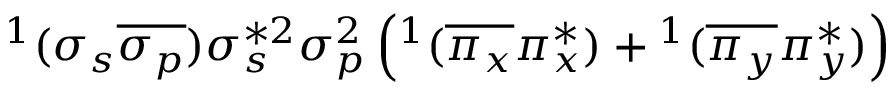
^ 1 ( \sigma _ { s } \overline { { \sigma _ { p } } } ) \sigma _ { s } ^ { * 2 } \sigma _ { p } ^ { 2 } \left( ^ 1 ( \overline { { \pi _ { x } } } \pi _ { x } ^ { * } ) + { } ^ { 1 } ( \overline { { \pi _ { y } } } \pi _ { y } ^ { * } ) \right)